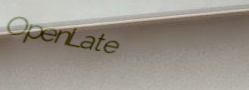
OpenLate